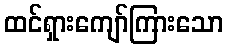
ထင်ရှားကျော်ကြားသော